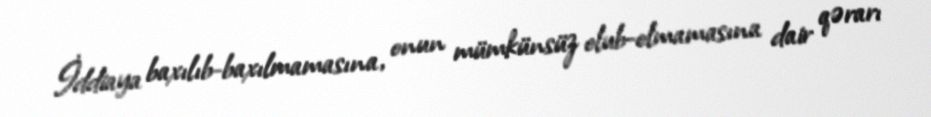
İddiaya baxılıb-baxılmamasına, onun mümkünsüz olub-olmamasına dair qərarı